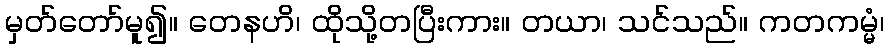
မှတ်တော်မူ၍။ တေနဟိ၊ ထိုသို့တပြီးကား။ တယာ၊ သင်သည်။ ကတကမ္မံ၊